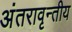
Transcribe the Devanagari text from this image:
अंतरावृन्तीय